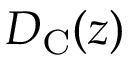
D _ { \mathrm { { C } } } ( z )